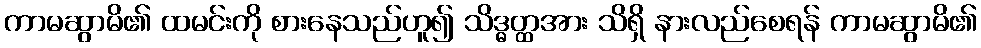
ကာမဆွာမိ၏ ထမင်းကို စားနေသည်ဟူ၍ သိဒ္ဓတ္ထအား သိရှိ နားလည်စေရန် ကာမဆွာမိ၏